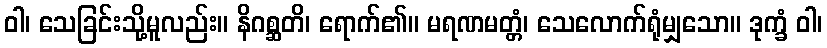
ဝါ၊ သေခြင်းသို့မူလည်း။ နိဂစ္ဆတိ၊ ရောက်၏။ မရဏမတ္တံ၊ သေလောက်ရုံမျှသော။ ဒုက္ခံ ဝါ၊